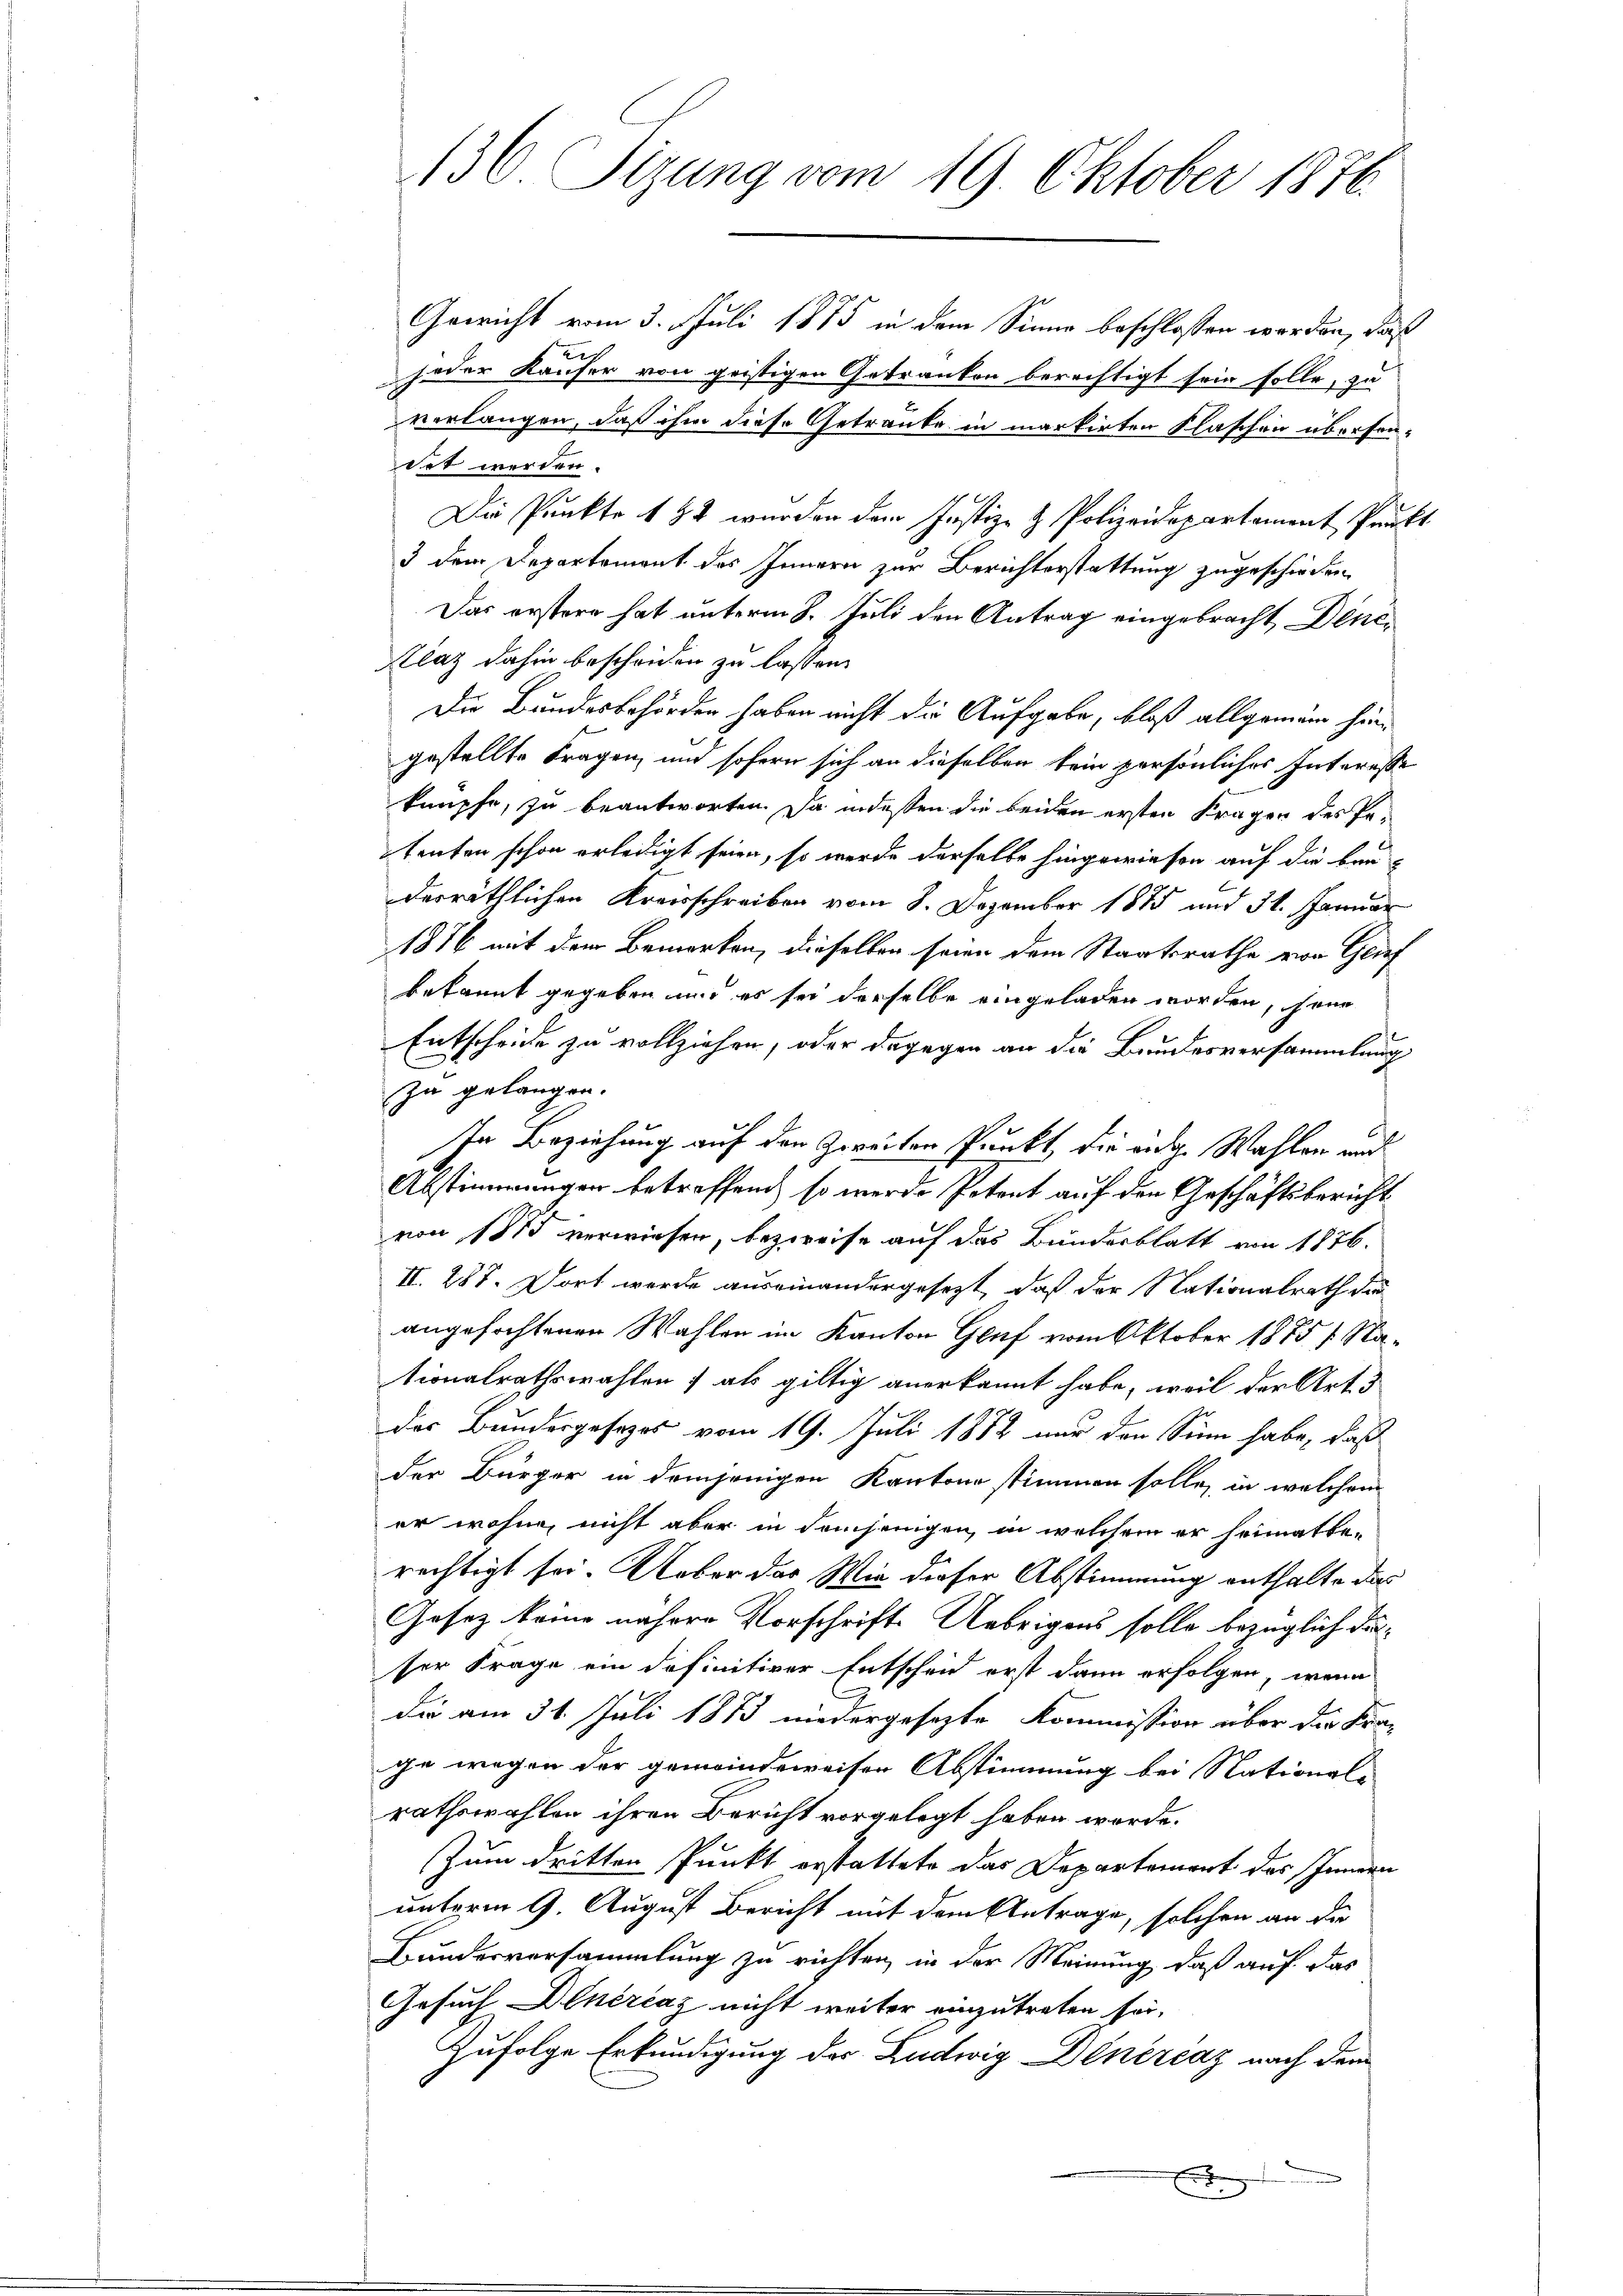
136 Tizung vom 19. Oktober 1876.

Gewicht vom 3. Juli 1875 in dem Sinne beschlossen werden, daß
jeder Käufer von geistigen Getranken berechtigt sein solle, zu
verlangen, daß ihm diese Getränke in markirten Flaschen übersen-
det werden.
Die Punkte 182 wurden dem Justiz- & Polizeidepartament Punkt
3 dem Departement des Innern zur Berichterstattung zugeschieden.
Das erstere hat unterm 8. Juli den Antrag eingebracht Dinc¬
Klaz dahin bescheiden zu lassen.
Die Bundesbehörden haben nicht die Aufgabe, bloß allgemein hingestellte Fragen, und sofern sich an dieselben kein persönliches Interesse
knüpfe, zu beantworten. Da indeßen die beiden ersten Fragen des Petenten schon erledigt seien, so werde derselbe hingewiesen auf die bauderräthlichen Kreisschreiben vom 8. Dezember 1885 und 31. Januar
1876 mit dem Bemerken, dieselben seien dem Staatsrathe von Genf
bekannt gegeben und es sei derselbe eingeladen worden, sein
Entscheide zu vollziehen, oder dagegen an die Bundesversammlung
zu gelangen.
In Beziehung auf den Zweiten Punkt, die eidg. Wahlen und
Abstimmungen betreffend, so werde Petent auf den Geschäftsbericht
von 1875 verwiesen, bezweife auf das Bundesblatt von 1876.
II. 287. Dort werde auseinandergesezt, daß der Nationalrath die
angefochtenen Wahlen im Kanton Genf vom Oktober 1875 / Nationalrathswahlen; als giltig anerkannt habe, weil der Art. 5
des Bundesgesezes vom 19. Juli 1882 nur den Sinn habe, daß
der Bürger in demjenigen Kantone stimmen solle, in welchem
er wohne, nicht aber in demjenigen, in welchem er heimatbe-
rechtigt sei. Ueber das Wie dieser Abstimmung enthalte das
Gosez keine nähere Vorschrift. Uebrigens solle bezüglich dieser Frage ein definitiver Entscheid erst dann erfolgen, wenn
die am 31. Juli 1873 niedergesezte Kommission über die Krage wegen der gemeindeweisen Abstimmung bei Nationale
rathswahlen ihren Bericht vorgelegt haben werde.
Zum dritten Punkt erstattete das Departement des Ihnen
unterm 9. August Bericht mit dem Antrage, solchen an die
Bundesversammlung zu richten, in der Meinung, daß auf das
Gesuch Dinérčaz nicht weiter einzutreten sei,
Zufolge Erkundigung des Ludwig Dinerenz nach dem
E